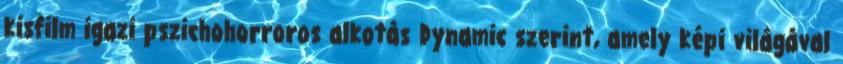
kisfilm igazi pszichohorroros alkotás Dynamic szerint, amely képi világával